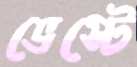
ভেস্টে